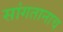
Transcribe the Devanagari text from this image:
सांगतानाच